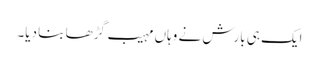
ایک ہی بارش نے وہاں مہیب گڑھا بنا دیا۔